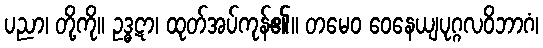
ပညာ၊ တို့ကို။ ဥဒ္ဓဋာ၊ ထုတ်အပ်ကုန်၏။ တမေဝ ဝေနေယျပုဂ္ဂလဝိဘာဂံ၊